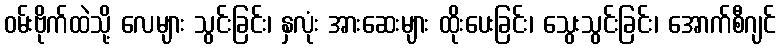
ဝမ်းဗိုက်ထဲသို့ လေများ သွင်းခြင်း၊ နှလုံး အားဆေးများ ထိုးပေးခြင်း၊ သွေးသွင်းခြင်း၊ အောက်စီဂျင်